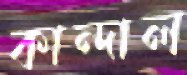
কান্দাল